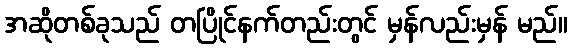
အဆိုတစ်ခုသည် တပြိုင်နက်တည်းတွင် မှန်လည်းမှန် မည်။